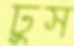
ঢুস